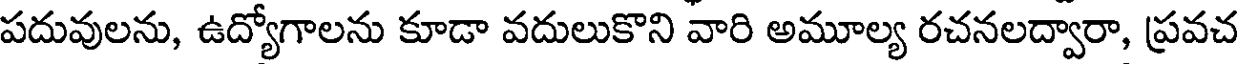
పదువులను, ఉద్యోగాలను కూడా వదులుకొని వారి అమూల్య రచనలద్వారా, ప్రవచ